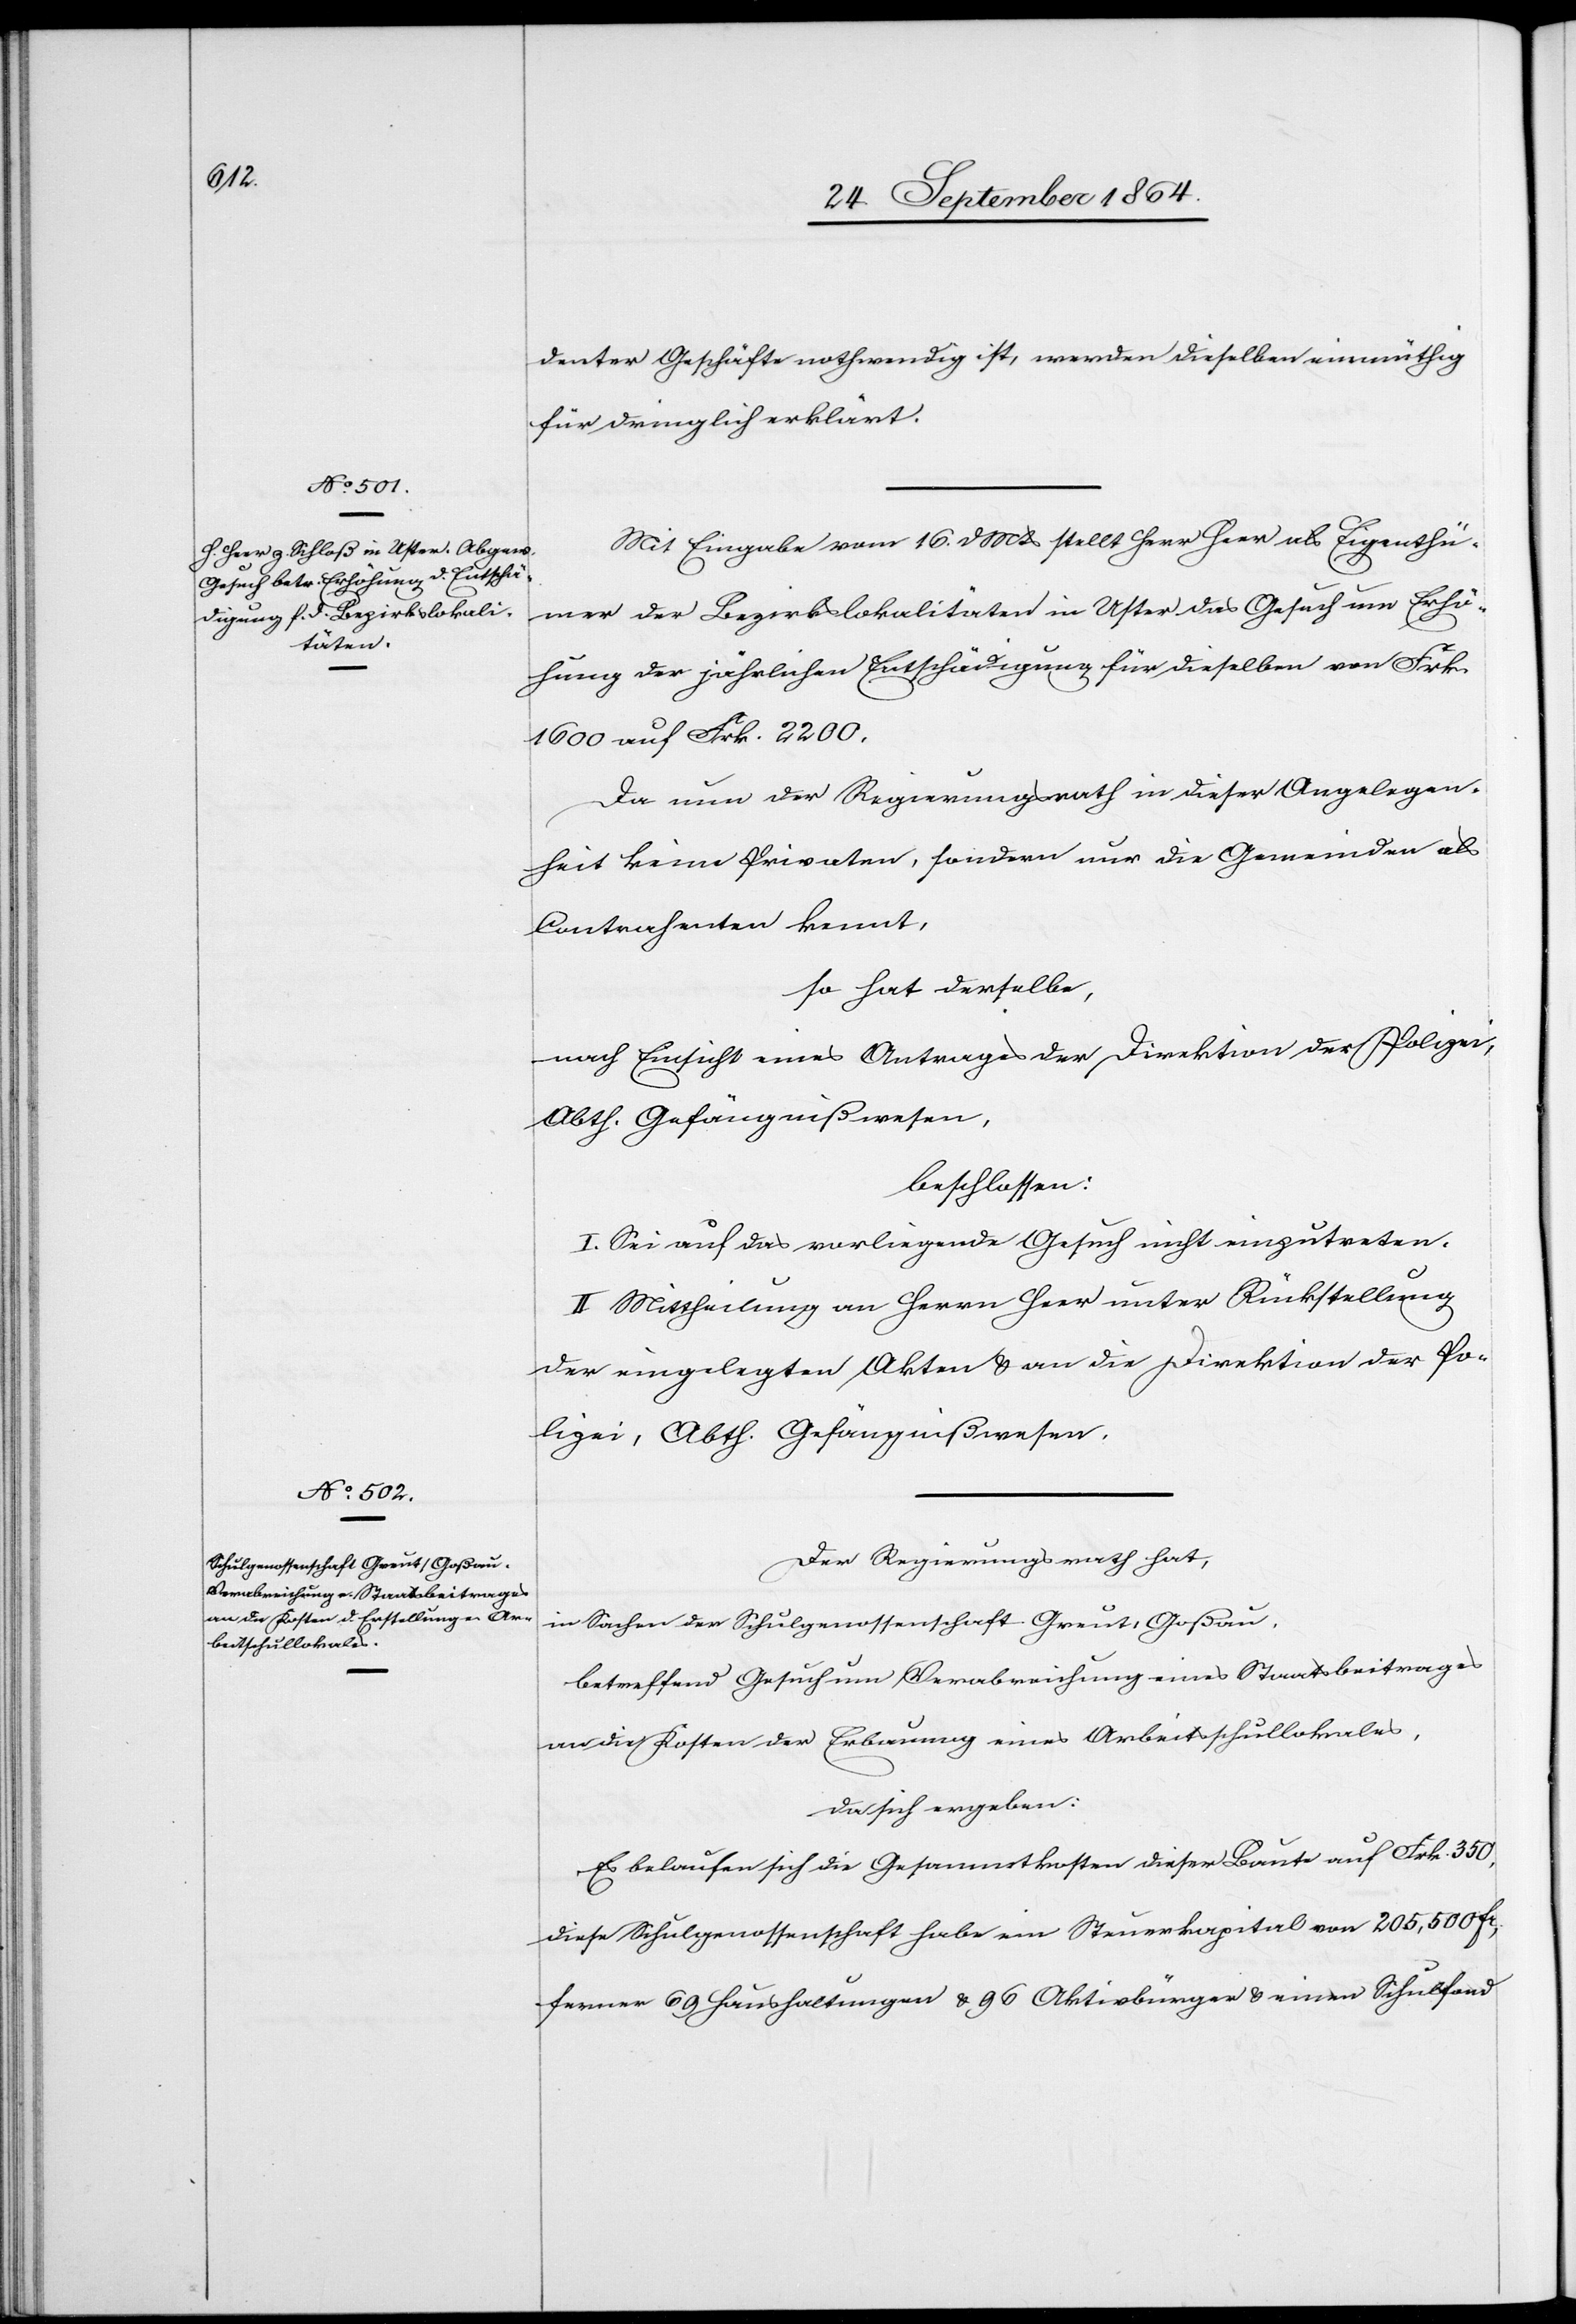
denter Geschäfte nothwendig ist, werden dieselben einmüthig
für dringlich erklärt.
Mit Eingabe vom 16. d. Mts stellt Herr Heer als Eigenthü¬
mer der Bezirkslokalitäten in Uster das Gesuch um Erhö¬
hung der jährlichen Entschädigung für dieselben von Frk.
1 600 auf Frk. 2 200.
Da nun der Regierungsrath in dieser Angelegen¬
heit keine Privaten, sondern nur die Gemeinden als
Contrahenten kennt,
so hat derselbe,
nach Einsicht eines Antrages der Direktion der Polizei,
Abth. Gefängnißwesen,
beschlossen:
I. Sei auf das vorliegende Gesuch nicht einzutreten.
II. Mittheilung an Herrn Heer unter Rückstellung
der eingelegten Akten & an die Direktion der Po¬
lizei, Abth. Gefängnißwesen.
Der Regierungsrath hat,
in Sachen der Schulgenossenschaft Greut, Goßau,
betreffend Gesuch um Verabreichung eines Staatsbeitrages
an die Kosten der Erbauung eines Arbeitsschullokales,
da sich ergeben:
Es belaufen sich die Gesammtkosten dieser Baute auf Frk. 350,
diese Schulgenossenschaft habe ein Steuerkapital von 205,500 Fr.,